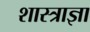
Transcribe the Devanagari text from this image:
शास्त्राज्ञा